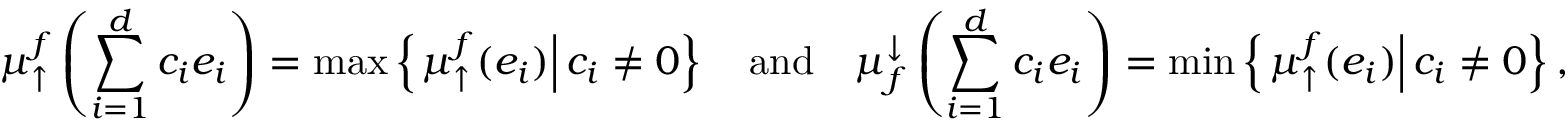
\mu _ { \uparrow } ^ { f } \left( \sum _ { i = 1 } ^ { d } c _ { i } e _ { i } \right) = \operatorname* { m a x } \left\{ \left. \mu _ { \uparrow } ^ { f } ( e _ { i } ) \right| c _ { i } \neq 0 \right\} \quad \mathrm { a n d } \quad \mu _ { f } ^ { \downarrow } \left( \sum _ { i = 1 } ^ { d } c _ { i } e _ { i } \right) = \operatorname* { m i n } \left\{ \left. \mu _ { \uparrow } ^ { f } ( e _ { i } ) \right| c _ { i } \neq 0 \right\} ,